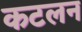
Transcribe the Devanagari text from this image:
कटलन